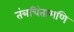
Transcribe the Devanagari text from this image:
तंत्रचिंतामणि